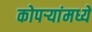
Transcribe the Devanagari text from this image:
कोपऱ्यांमध्ये